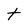
Character: t